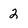
Character: 2